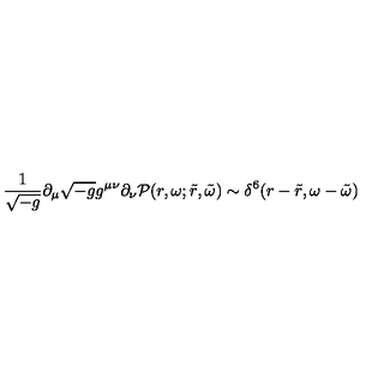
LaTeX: \frac { 1 } { \sqrt { - g } } \partial _ { \mu } \sqrt { - g } g ^ { \mu \nu } \partial _ { \nu } { \cal P } ( r , \omega ; \tilde { r } , \tilde { \omega } ) \sim \delta ^ { 6 } ( r - \tilde { r } , \omega - \tilde { \omega } )